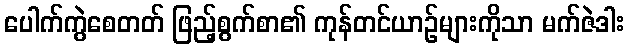
ပေါက်ကွဲစေတတ် ဖြည့်စွက်စာ၏ ကုန်တင်ယာဉ်များကိုသာ မက်ဇဲဒါး